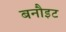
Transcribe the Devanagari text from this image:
बनौइट